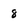
Character: 8